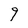
Character: 9